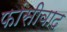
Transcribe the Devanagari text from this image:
फांसीवाद